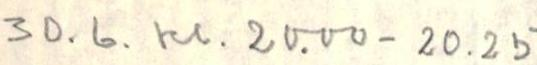
30.6. kl. 20.00- 20.25